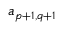
a _ { p + 1 , q + 1 }